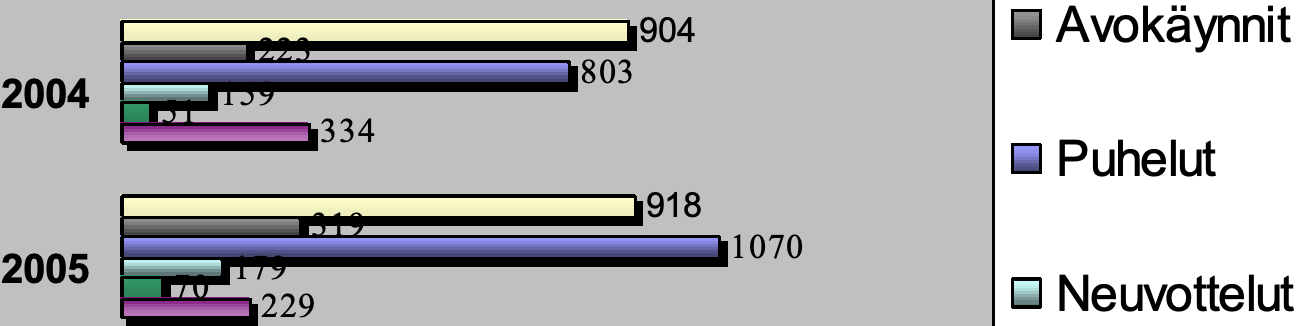
904          Avokäynnit 223 803 2004    159 51 334 Puhelut 918 319 1070 2005    179 70                           Neuvottelut 229